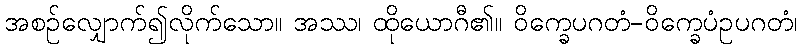
အစဉ်လျှောက်၍လိုက်သော။ အဿ၊ ထိုယောဂီ၏။ ဝိက္ခေပဂတံ-ဝိက္ခေပံဥပဂတံ၊